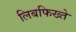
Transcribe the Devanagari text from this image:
लिबफिख्ते